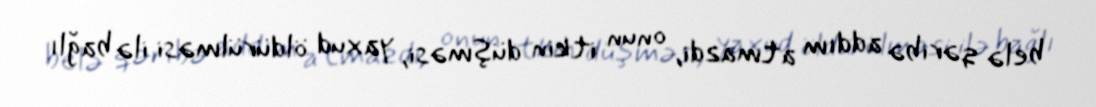
belə qəribə addım atmazdi, onun itkin düşməsi, yaxud öldürülməsi ilə bağlı